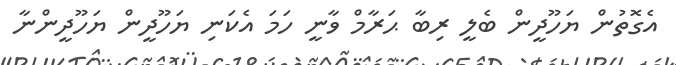
އެގޮތުން ޔަހޫދީން ބެލީ ރިބާ ޙަރާމް ވާނީ ހަމަ އެކަނި ޔަހޫދީން ޔަހޫދީންނާ